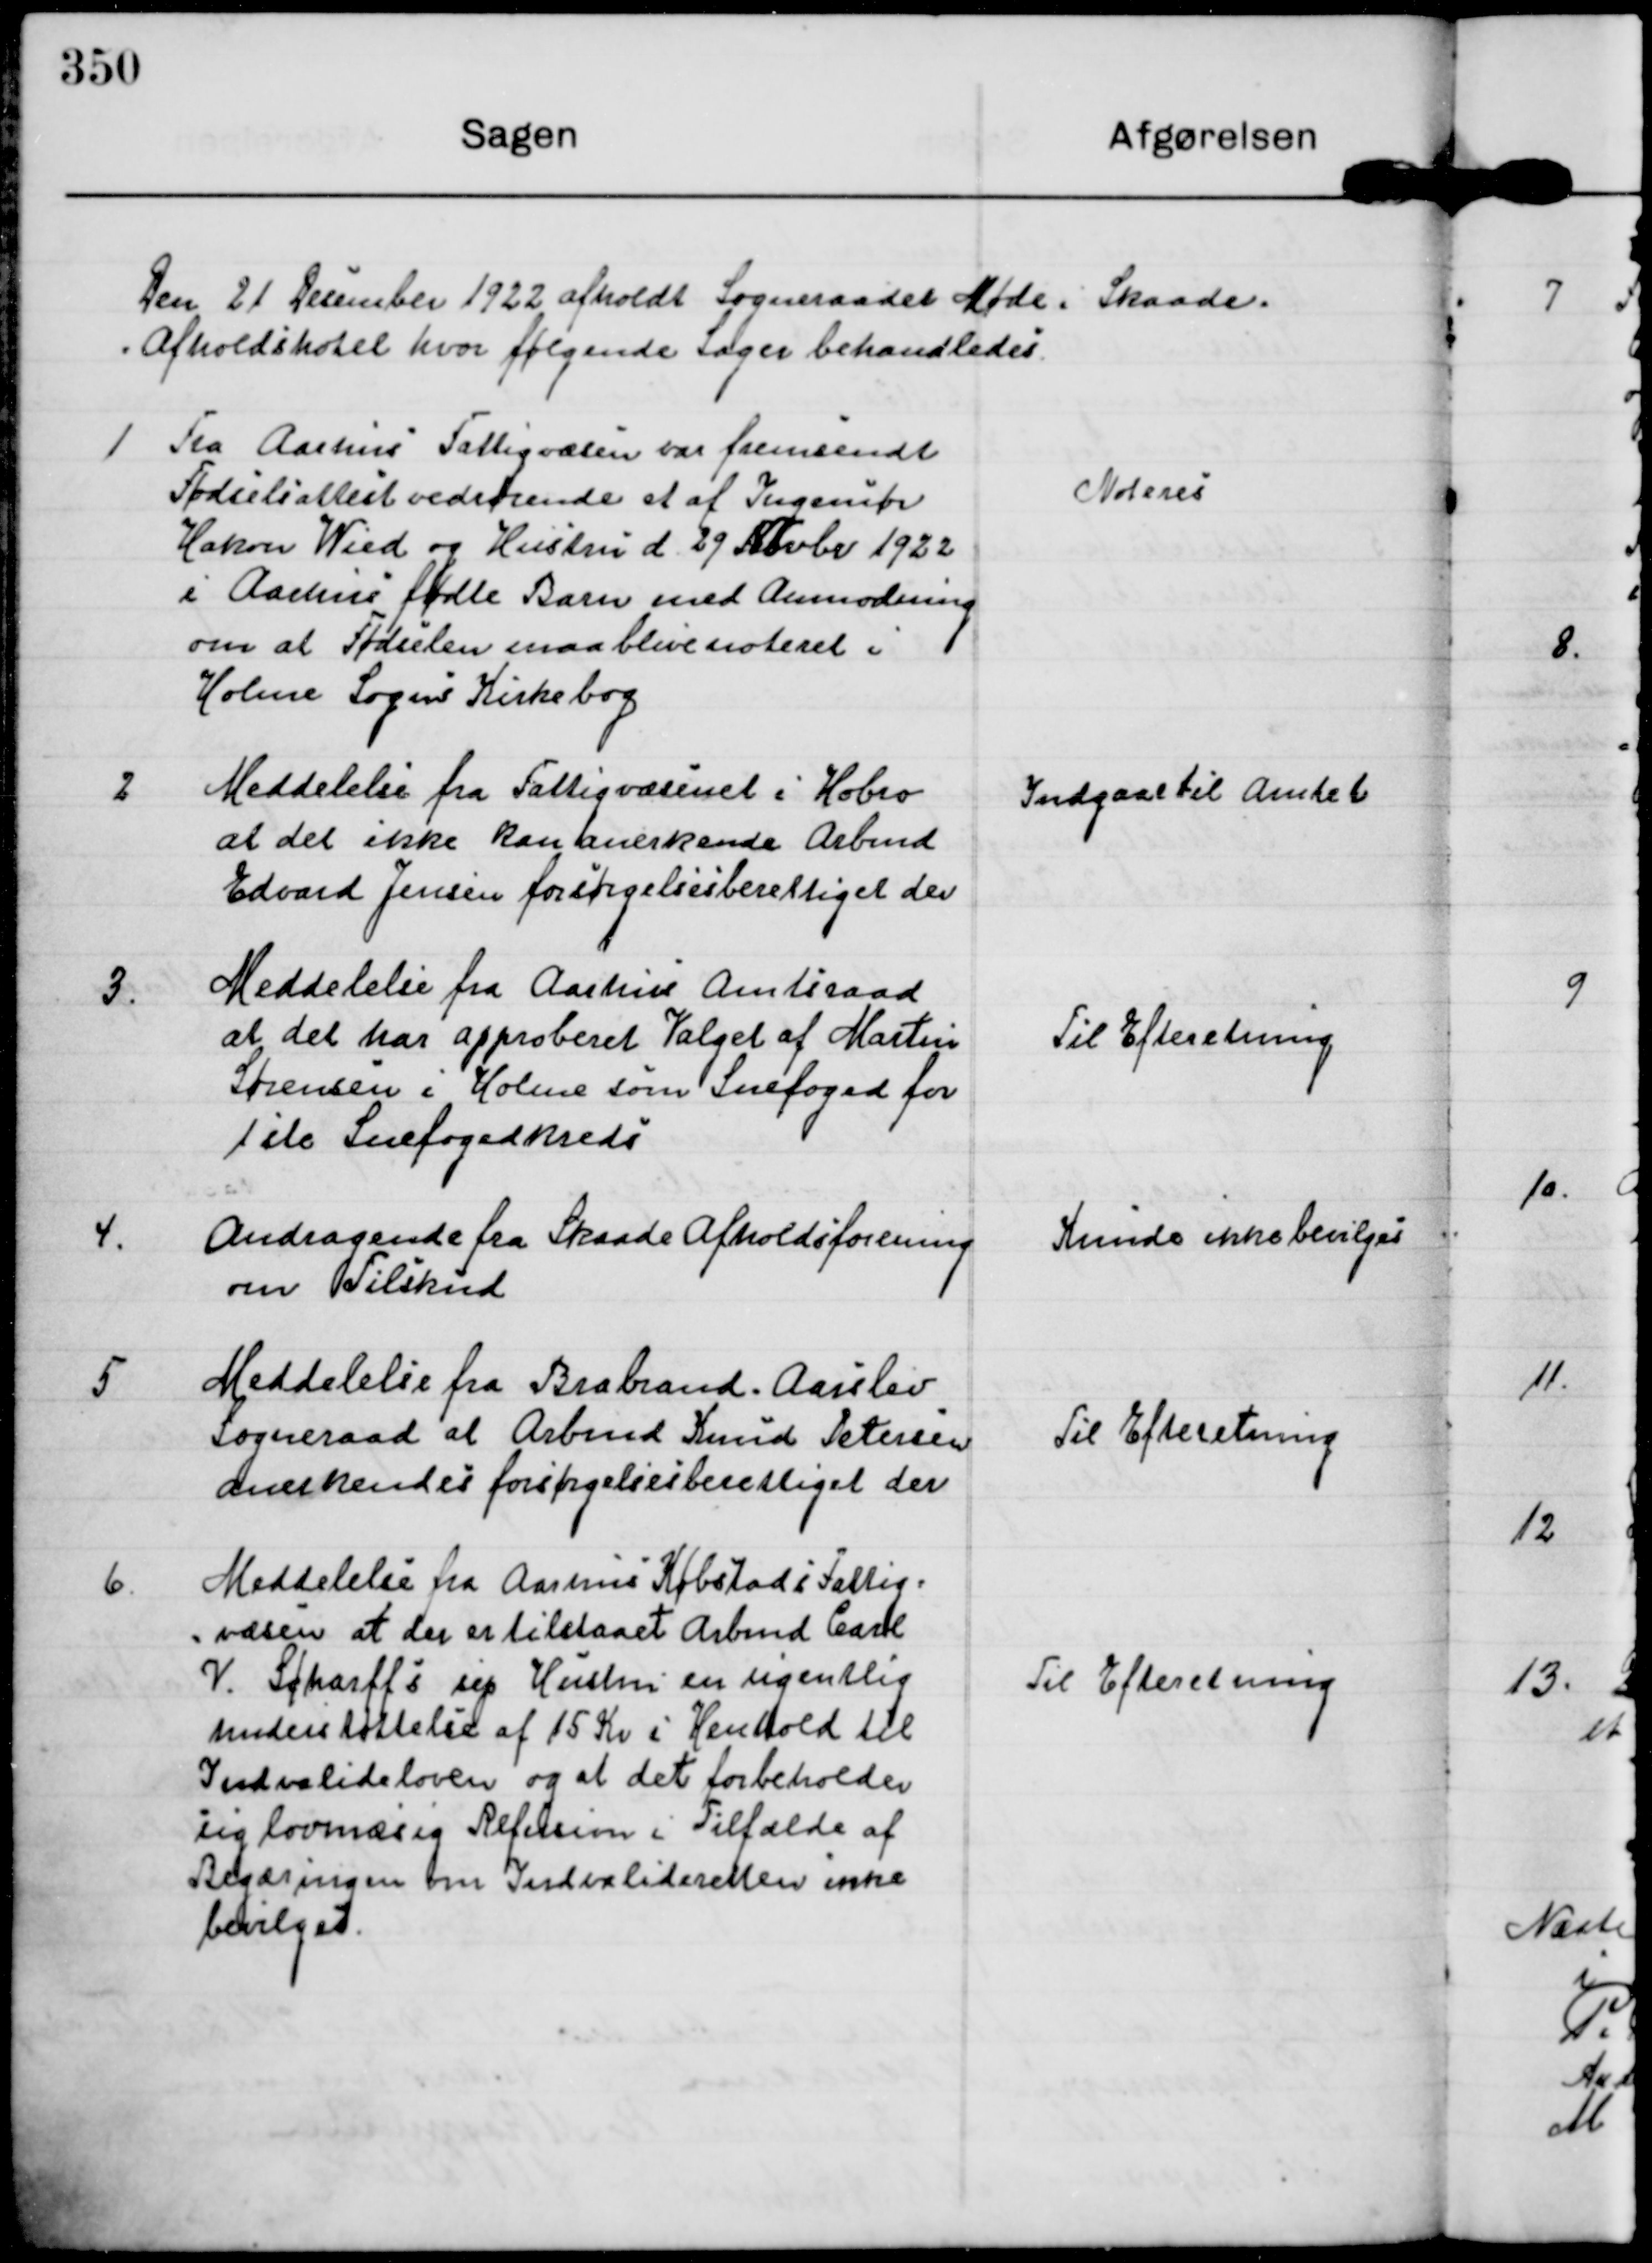
Transskription:
Den 21 Desember 1922 afholdt Sogneraadet Møde i Skaade
Afholdshotel hvor følgende sager behandledes.

1 Fra Aarhus Fattigvæsen var fremsendt
Fødselsattest vedrørende et af Ingeniør
Hakon Wied og Hustru d. 29 Novbr 1922
i Aarhus fødte Barn med Anmodning
om at Fødselen maa blive noteret i
Holme Sogns Kirkebog

Noteres

2 Meddelelse fra Fattigvæsenet i Hobro
at det ikke kan anerkende Arbmd
Edvard Jensen forsørgelsesberettiget der

Indgaar til Amtet

3. Meddelelse fra Aarhus Amtsraad
at det har approberet Valget af Martin
Sørensen i Holme som Snefoged for
1ste Snefogedkreds

Til Efteretning

4.
Andragende fra Skaade Afholdsforening
om Tilskud

Kunde ikke bevilges

5
Meddelelse fra Brabrand. Aarslev
Sogneraad at Arbmd Knud Petersen
anerkendes forsørgelsesberettiget der

Til Efteretning

6. Meddelelse fra Aarhus Købstad i Fattig-
væsen at der er tilstaaet Arbmd Carl
V. Scharffs sep Hustru en ugentlig
understøttelse af 15 Kr i Henhold til
Indvalideloven og at det forbeholder
sig lovmæsig Refusion i Tilfælde af
Begæringen om Indvalideretten ikke
bevilget.

Til Efteretning